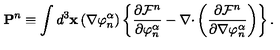
\mathbf { P } ^ { n } \equiv \int d ^ { 3 } \mathbf { x } \left( \nabla \varphi _ { n } ^ { \alpha } \right) \left\{ \frac { \partial \mathcal { F } ^ { n } } { \partial \varphi _ { n } ^ { \alpha } } - \nabla \mathbf { \cdot } \left( \frac { \partial \mathcal { F } ^ { n } } { \partial \nabla \varphi _ { n } ^ { \alpha } } \right) \right\} .